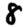
Digit: 8